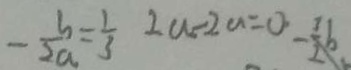
- \frac { b } { 2 a } = \frac { 1 } { 3 } 2 a - 2 a = 0